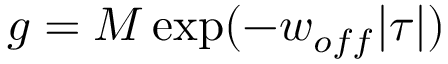
g = M \, \mathrm { e x p } ( - w _ { o f f } | \tau | )